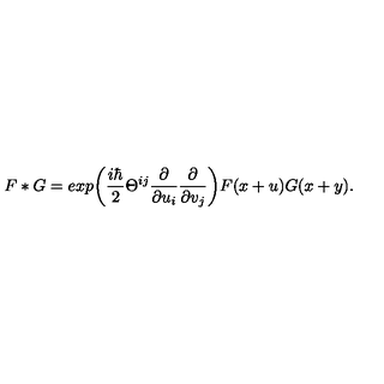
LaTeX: F * G = e x p \bigg ( { \frac { i \hbar } { 2 } } \Theta ^ { i j } { \frac { \partial } { \partial u _ { i } } } { \frac { \partial } { \partial v _ { j } } } \bigg ) F ( x + u ) G ( x + y ) .